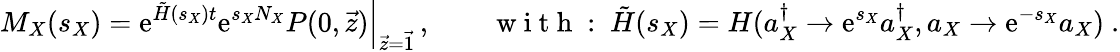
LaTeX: M_{X}(s_{X})=\left.\mathrm{e}^{\tilde{{H}}(s_{X})t}\mathrm{e}^{s_{X}N_{X}}P(0,\vec{{z}})\right|_{\vec{{z}}=\vec{{1}}}\, ,\qquad\mathrm{{~w~i~t~h~:~}}\tilde{{H}}(s_{X})=H(a_{X}^{\dagger}\to\mathrm{e}^{s_{X}}a_{X}^{\dagger},a_{X}\to\mathrm{e}^{-s_{X}}a_{X})~.